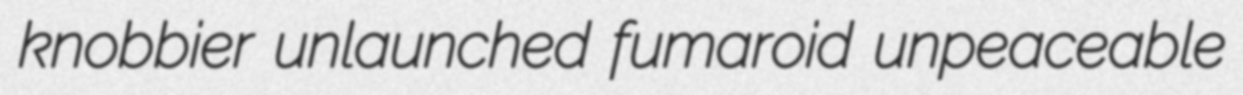
knobbier unlaunched fumaroid unpeaceable